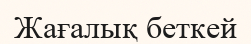
Жағалық беткей